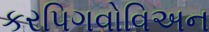
કરપિગવોવિઅન